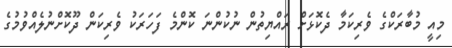
މިއީ މުބާރަކްގެ ވެރިކަމާ ދެކޮޅަށް ރައްޔިތުން ނުކުންނަ ކޮންމެ ފަހަރަކު ވެރިކަން ދޫކޮށްނުލެއްވުމުގެ